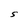
Character: S